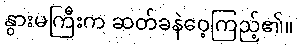
နွားမကြီးက ဆတ်ခနဲဝေ့ကြည့်၏။